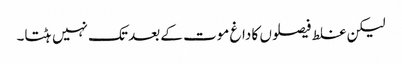
لیکن غلط فیصلوں کا داغ موت کے بعد تک نہیں ہٹتا۔